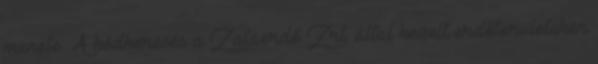
menete: A kódkeresés a Zalaerdő Zrt. által kezelt erdőterületeken